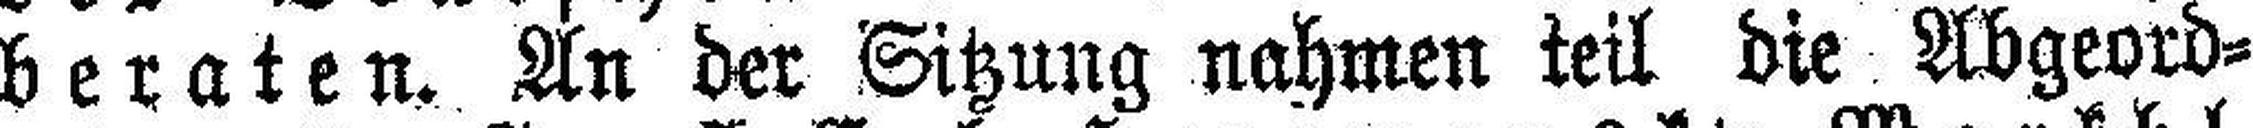
beraten. An der Sitzung nahmen teil die Abgeord¬